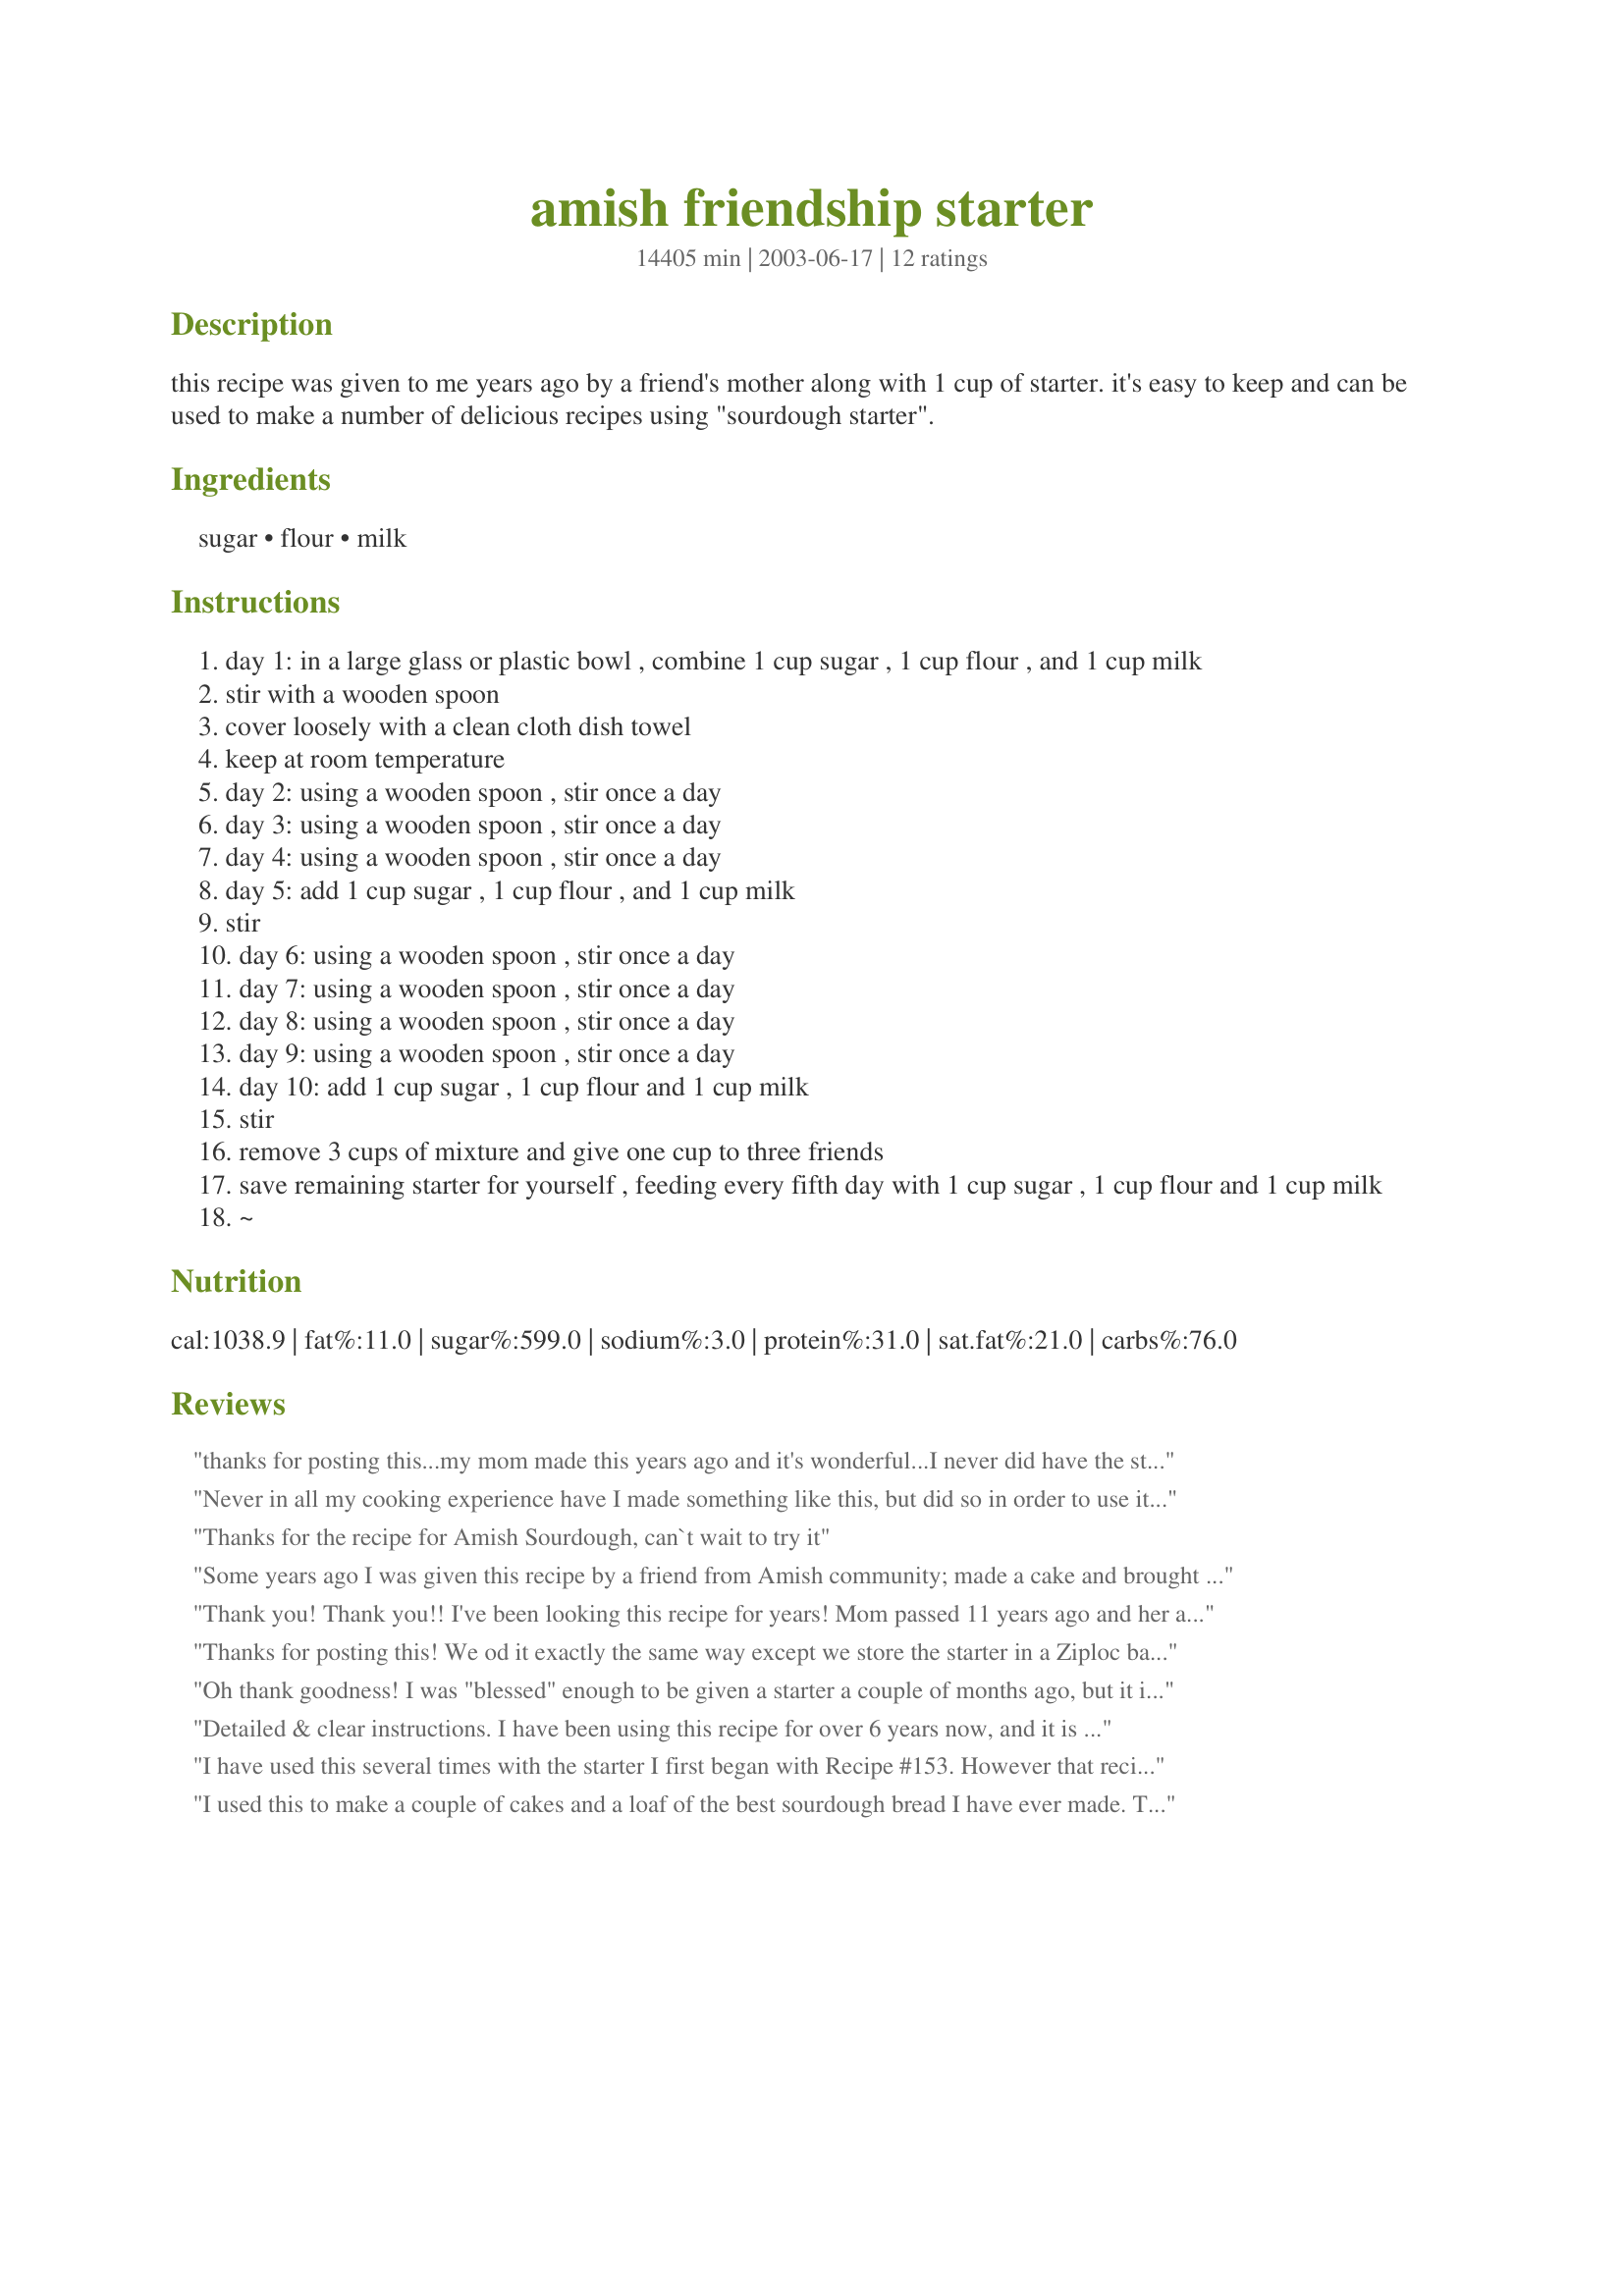
amish friendship starter
Preparation time: 14405 minutes

this recipe was given to me years ago by a friend's mother along with 1 cup of starter. it's easy to keep and can be used to make a number of delicious recipes using "sourdough starter".

Ingredients:
sugar, flour, milk

Steps:
day 1: in a large glass or plastic bowl , combine 1 cup sugar , 1 cup flour , and 1 cup milk
stir with a wooden spoon
cover loosely with a clean cloth dish towel
keep at room temperature
day 2: using a wooden spoon , stir once a day
day 3: using a wooden spoon , stir once a day
day 4: using a wooden spoon , stir once a day
day 5: add 1 cup sugar , 1 cup flour , and 1 cup milk
stir
day 6: using a wooden spoon , stir once a day
day 7: using a wooden spoon , stir once a day
day 8: using a wooden spoon , stir once a day
day 9: using a wooden spoon , stir once a day
day 10: add 1 cup sugar , 1 cup flour and 1 cup milk
stir
remove 3 cups of mixture and give one cup to three friends
save remaining starter for yourself , feeding every fifth day with 1 cup sugar , 1 cup flour and 1 cup milk
~

Reviews:
thanks for posting this...my mom made this years ago and it's wonderful...I never did have the starter recipe though! Thanks a bunch,strawberryjane
Never in all my cooking experience have I made something like this, but did so in order to use it in yet another recipe for one of my adopted orphan chefs in the recently concluded PAC! What can I say but that it does its work very well, so you get the brass ring! Thanks for sharing your recipe here!
Thanks for the recipe for Amish Sourdough, can`t wait to try it
Some years ago I was given this recipe by a friend from Amish community; made a cake and brought it to a board meeting. The board members raved about the cake, and I have been looking for the starter recipe for a very long time. So glad to have found yours!!! I have now made it a few times with slight variations, and enjoyed it very much. Now I will keep it in my recipe collection, and make a cake for our new neighbor across the street tomorrow. Thank you!
Thank you! Thank you!! I've been looking this recipe for years! Mom passed 11 years ago and her and I use to pass this one around to our friends.. it was the church rage many moons ago!! Again.. I can't thank enough! This recipe is the best.. I can't rave enough!
Thanks for posting this! We od it exactly the same way except we store the starter in a Ziploc bag (with the date clearly written on it so you don't lose track of the days), and "smoosh" the bag every day instead of stirring. You usually need to open the bag every day or so to "deflate" it, but it makes it easier to give it to others, and safer to store in your kitchen.
You're wonderful, Kim! Thanks again!
Oh thank goodness! I was "blessed" enough to be given a starter a couple of months ago, but it is dreadful to think that you have to make it every 10 days, if you don't want too! I was hoping to find the starter and now I have. Thank you so much for posting! Note, I baked two batches last night...one in a bundt pan (an hour and 10 minutes) and the other in the 4 mini pans (50 minutes). The bundt pan is BEAUTIFUL!!!!!!!!!!
Detailed & clear instructions. I have been using this recipe for over 6 years now, and it is a joy to see it on here!
I would not know how to live a week without this working on my cabinet now!
Please note: * this can be frozen in 1 1/4 cup measurements in ziplock bag, dated, for up to 6 mos. To use for baking, let thaw 8 hrs. To use for "starting" a new batch - let thaw and count as Day #1...
Enjoy!!!
~Lady~
I have used this several times with the starter I first began with Recipe #153. However that recipe is a 27 day starter so I tried this one with the starter I got from the end of those first 27 days. It worked great. I also used that bread recipe and it was great. Thanks for sharing. I am on my third round of starter and am excited to have this website to use.
I used this to make a couple of cakes and a loaf of the best sourdough bread I have ever made. The bread turned out sweet but so delish!
I loved this starter!! I have tried some others in the past but they just haven't worked. I live in Indonesia and even with the very humid weather this worked exceptionally well!! The sour smell starts to develop around the 3rd day. This starter goes very well with "Classic San Fransisco Sourdough Bread" http://www.recipezaar.com/154142
Thanks so much for this awesome recipe!! ^^
Worked like a charm, thanks!
